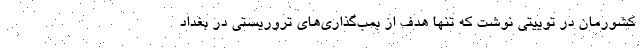
کشورمان در توییتی نوشت که تنها هدف از بمب‌گذاری‌های تروریستی در بغداد